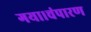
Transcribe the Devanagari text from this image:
गया।चंपारण